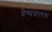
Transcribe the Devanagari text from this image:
वैश्यबालक